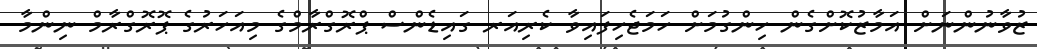
ޒުވާނުންނަށް އަމާޒުކޮށްގެން ހިންގުމަށް ހަމަޖެހިފައިވާ ކެރިއަރ ގައިޑެންސް ޕްރޮގްރާމްގެ މިއަހަރުގެ ޕޮރޮގްރާމް ނިންމާ